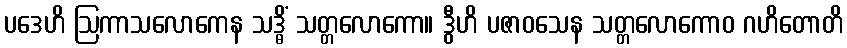
ပဒေဟိ ဩကာသလောကေန သဒ္ဓိံ သတ္တလောကော။ ဒွီဟိ ပဇာဝသေန သတ္တလောကောဝ ဂဟိတောတိ